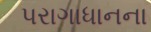
પરાગાધાનના